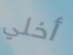
أخلي